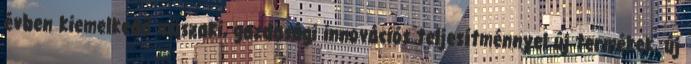
évben kiemelkedő műszaki, gazdasági innovációs teljesítménnyel új termékek, új